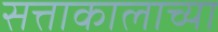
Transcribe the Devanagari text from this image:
सत्ताकालाच्या